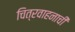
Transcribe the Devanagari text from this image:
चित्रवाहनाची